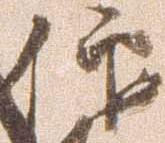
仰